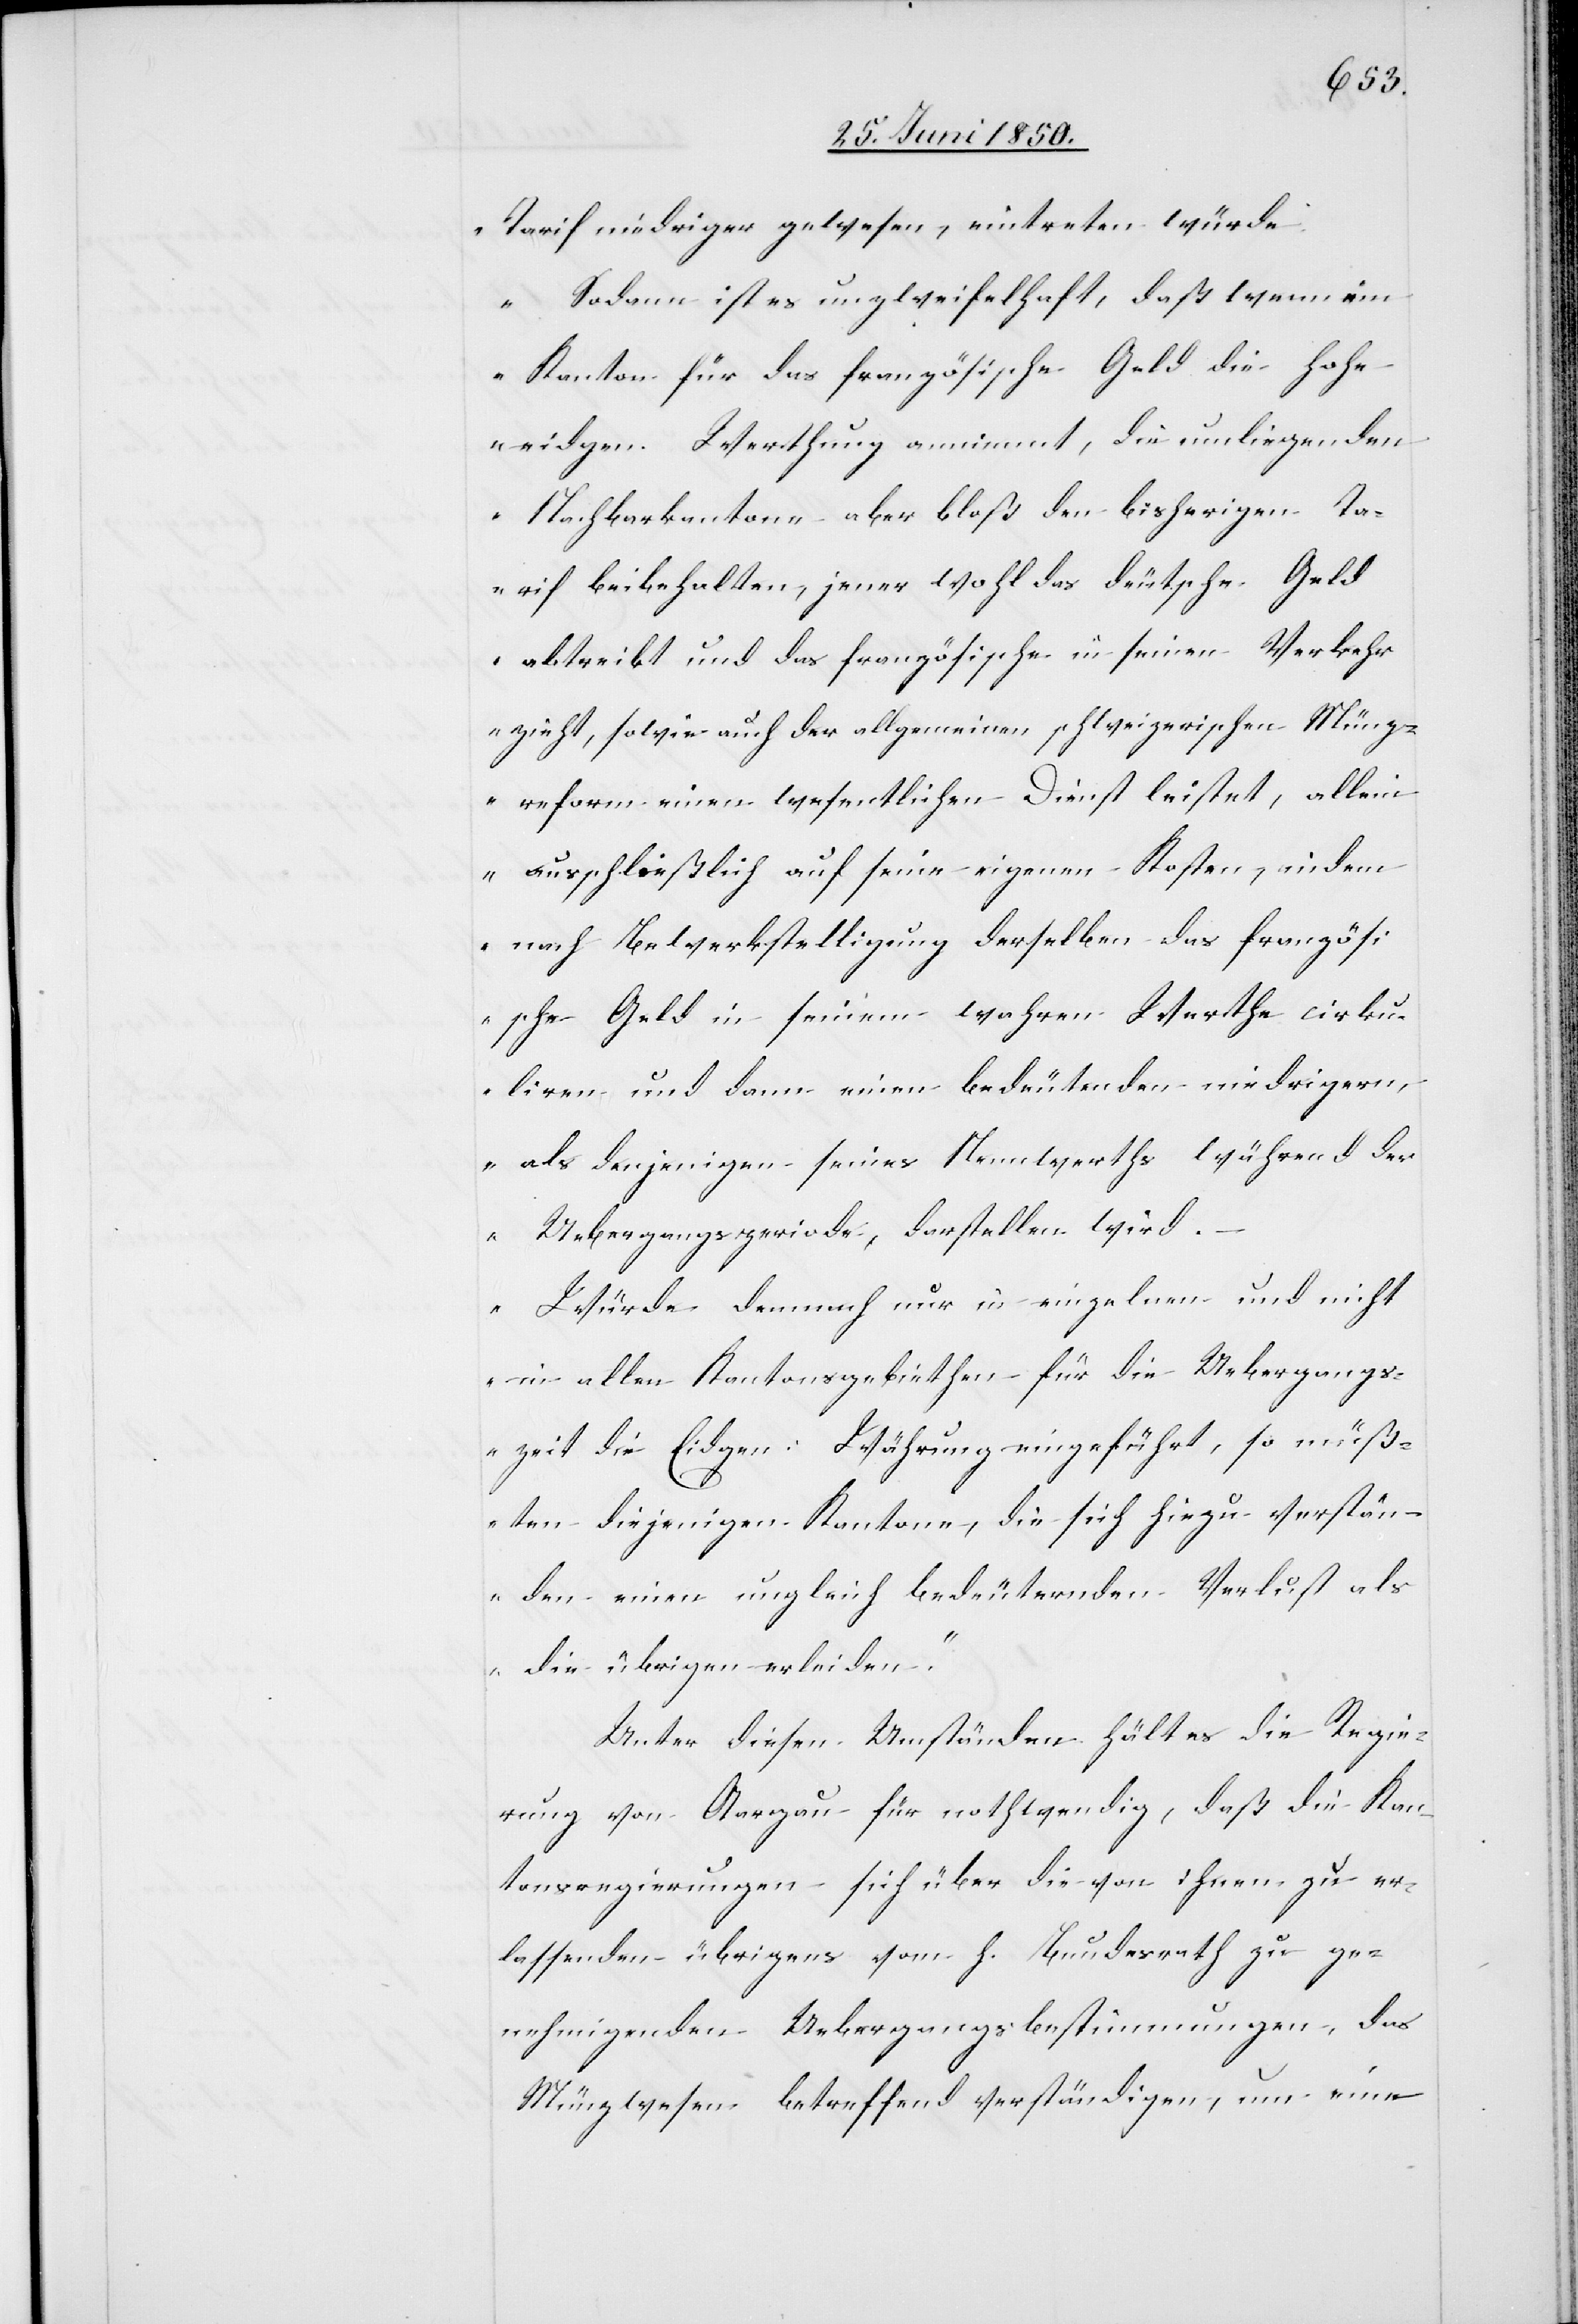
Tarif niedriger gewesen, eintreten würde.
Sodann ist es unzweifelhaft, daß wenn ein
Kanton für das französische Geld die hohe
eidgen. Werthung annimmt, die umliegenden
Nachbarkantone aber bloß den bisherigen Ta¬
rif beibehalten, jener wohl das deutsche Geld
abtreibt und das französische in seinen Verkehr
zieht, sowie auch der allgemeinen schweizerischen Münz¬
reform einen wesentlichen Dienst leistet, allein
ausschließlich auf seine eigenen Kosten, indem
nach Bewerkstelligung derselben das französi¬
sche Geld in seinem wahren Werthe cirku¬
liren und dann einen bedeutenden niedrigern,
als denjenigen seines Nennwerths während der
Uebergangsperiode, darstellen wird.
Würde demnach nur in einzelnen und nicht
in allen Kantonsgebiethen für die Uebergangs¬
zeit die Eidgen: Währung eingeführt, so müß¬
ten diejenigen Kantone, die sich hiezu verstän¬
den einen ungleich bedeuternden Verlust als
die übrigen erleiden.“
Unter diesen Umständen hält es die Regie¬
rung von Aargau für nothwendig, daß die Kan¬
tonsregierungen sich über die von ihnen zu er¬
lassenden übrigens vom h. Bundesrath zu ge¬
nehmigenden Uebergangsbestimmungen, das
Münzwesen betreffend verständigen, um eine